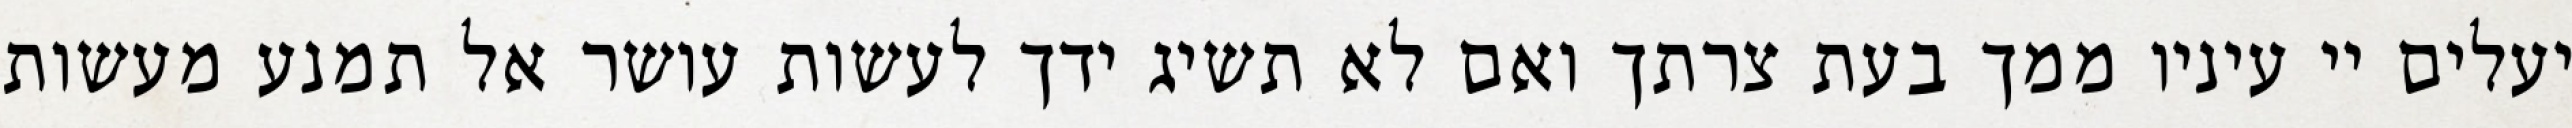
יעלים יי עיניו ממך בעת צרתך ואם לא תשיג ידך לעשות עושר אל תמנע מעשות